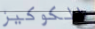
الكوكيز